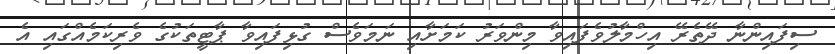
ސިފައިންނާ ދޭތެރޭ އިހްމާލުވެފައިވާ މިންވަރު ކަމަށާއި ނަމަވެސް ގުޅިފައިވާ ޕާޓީތަކުގެ ވެރިކަމެއްގައި އެ